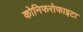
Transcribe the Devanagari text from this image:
कोनिफरोफाइटा